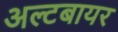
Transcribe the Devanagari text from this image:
अल्टबायर